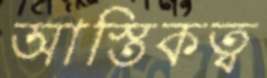
আস্তিকত্ব